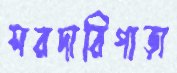
সরদারিপাড়া